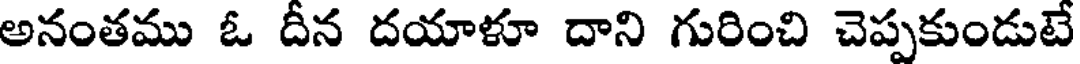
అనంతము ఓ దీన దయాళూ దాని గురించి చెప్పకుండుటే